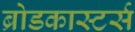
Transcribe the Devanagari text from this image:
ब्रोडकास्टर्स